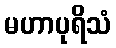
မဟာပုရိသံ